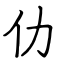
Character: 仂